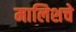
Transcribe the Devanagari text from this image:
मालिशचे